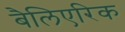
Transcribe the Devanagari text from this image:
बैलिएरिक